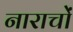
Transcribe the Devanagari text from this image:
नाराचों